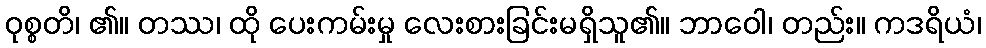
ဝုစ္စတိ၊ ၏။ တဿ၊ ထို ပေးကမ်းမှု လေးစားခြင်းမရှိသူ၏။ ဘာဝေါ၊ တည်း။ ကဒရိယံ၊